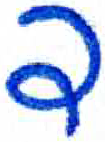
אות: ד